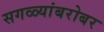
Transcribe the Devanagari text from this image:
सगळ्यांबरोबर